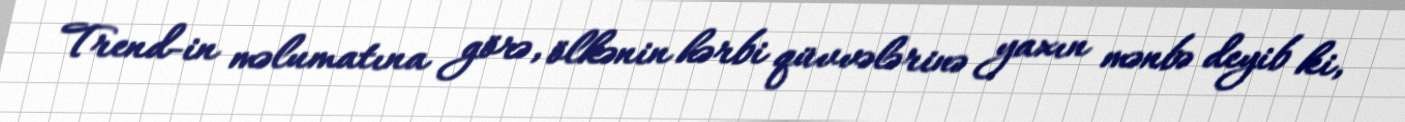
Trend-in məlumatına görə, ölkənin hərbi qüvvələrinə yaxın mənbə deyib ki,